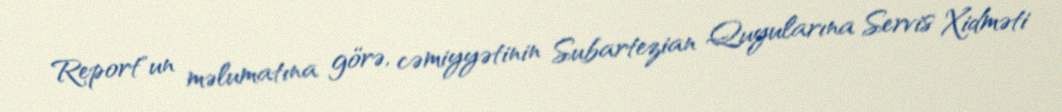
Report"un məlumatına görə, cəmiyyətinin Subartezian Quyularına Servis Xidməti